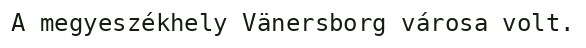
A megyeszékhely Vänersborg városa volt.